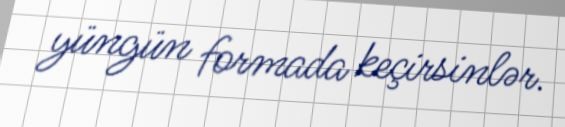
yüngün formada keçirsinlər.